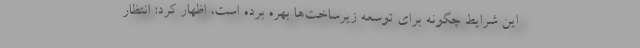
این شرایط چگونه برای توسعه زیرساخت‌ها بهره برده است، اظهار کرد: انتظار